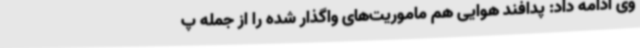
وی ادامه داد: پدافند هوایی هم ماموریت‌های واگذار شده را از جمله پ